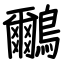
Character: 鸍